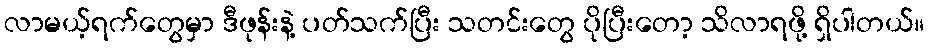
လာမယ့်ရက်တွေမှာ ဒီဖုန်းနဲ့ ပတ်သက်ပြီး သတင်းတွေ ပိုပြီးတော့ သိလာရဖို့ ရှိပါတယ်။